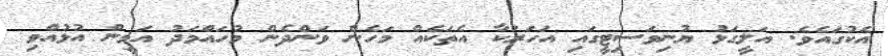
އެކުގައެވެ. އަލީގަޅު ޔުނިވަސިޓީގައި އަހަރަކާ އެތަކެއް މަހެން ވަންދެން މުހައްމަދު އަމީން އުޅުއްވި